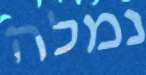
נמלה